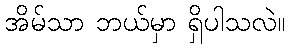
အိမ်သာ ဘယ်မှာ ရှိပါသလဲ။